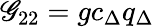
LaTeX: \mathscr{G}_{22}=gc_{\Delta}q_{\Delta}